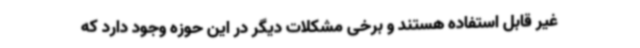
غیر قابل استفاده هستند و برخی مشکلات دیگر در این حوزه وجود دارد که